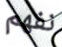
نفهم